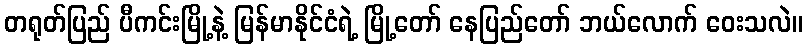
တရုတ်ပြည် ပီကင်းမြို့နဲ့ မြန်မာနိုင်ငံရဲ့ မြို့တော် နေပြည်တော် ဘယ်လောက် ဝေးသလဲ။